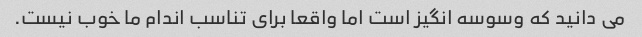
می دانید که وسوسه انگیز است اما واقعا برای تناسب اندام ما خوب نیست.